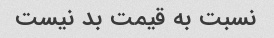
نسبت به قیمت بد نیست